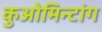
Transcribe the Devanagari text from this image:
कुओमिन्टांग